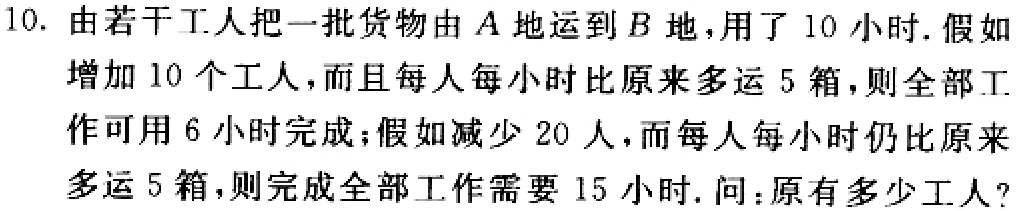
10. 由若干工人把一批货物由\(A\)地运到\(B\)地，用了\(10\)小时. 假如增加\(10\)个工人，而且每人每小时比原来多运\(5\)箱，则全部工作可用\(6\)小时完成；假如减少\(20\)人，而每人每小时仍比原来多运\(5\)箱，则完成全部工作需要\(15\)小时. 问：原有多少工人?